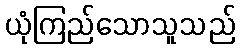
ယုံကြည်သောသူသည်